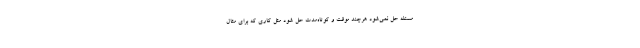
مسئله حل نمی‌شود هرچند موقت و کوتاه‌مدت حل شود مثل کاری که برای مثال